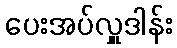
ပေးအပ်လှူဒါန်း